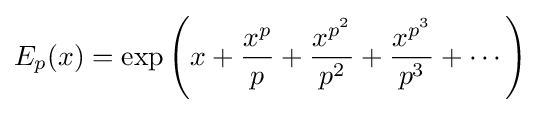
E_{p}(x)=\exp \left(x+{\frac {x^{p}}{p}}+{\frac {x^{p^{2}}}{p^{2}}}+{\frac {x^{p^{3}}}{p^{3}}}+\cdots \right)